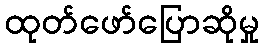
ထုတ်ဖော်ပြောဆိုမှု